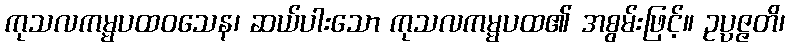
ကုသလကမ္မပထဝသေန၊ ဆယ်ပါးသော ကုသလကမ္မပထ၏ အစွမ်းဖြင့်။ ဥပ္ပဇ္ဇတိ၊